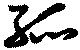
孤